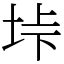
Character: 垰